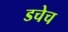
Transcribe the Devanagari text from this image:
डचेच